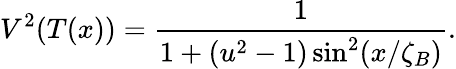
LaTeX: V^{2}(T(x))=\frac{1}{1+(u^{2}-1)\sin^{2}(x/\zeta_{B})}.